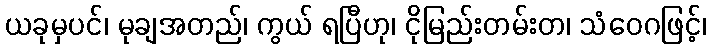
ယခုမှပင်၊ မုချအတည်၊ ကွယ် ရပြီဟု၊ ငိုမြည်းတမ်းတ၊ သံဝေဂဖြင့်၊